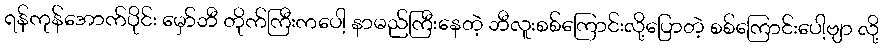
ရန်ကုန်အောက်ပိုင်း မှော်ဘီ တိုက်ကြီးကပေါ့ နာမည်ကြီးနေတဲ့ ဘီလူးစစ်ကြောင်းလို့ပြောတဲ့ စစ်ကြောင်းပေါ့ဗျာ လို့